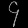
Digit: ၄